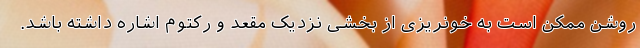
روشن ممکن است به خونریزی از بخشی نزدیک مقعد و رکتوم اشاره داشته باشد.